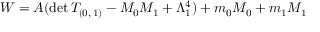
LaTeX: W = A ( \mathrm { d e t } \, T _ { ( 0 , \, 1 ) } - M _ { 0 } M _ { 1 } + \Lambda _ { 1 } ^ { 4 } ) + m _ { 0 } M _ { 0 } + m _ { 1 } M _ { 1 }